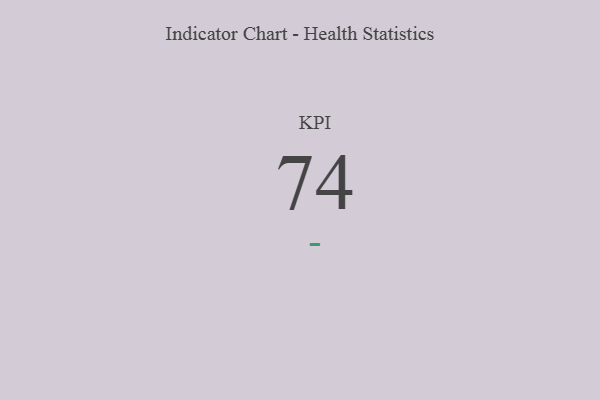
{"axis": {"x": "KPI", "y": "Value"}, "legend": [""], "data": [{"x": "KPI", "y": 74, "type": ""}]}